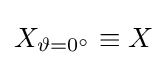
X_{\vartheta =0^{\circ }}\equiv X